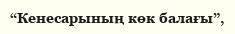
“Кенесарының көк балағы”,